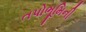
તપોભૂમિની